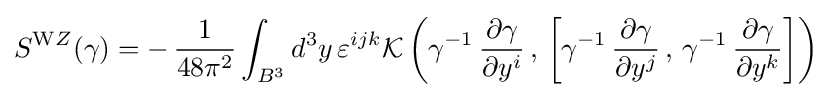
S^{\mathrm {W} Z}(\gamma )=-\,{\frac {1}{48\pi ^{2}}}\int _{B^{3}}d^{3}y\,\varepsilon ^{ijk}{\mathcal {K}}\left(\gamma ^{-1}\,{\frac {\partial \gamma }{\partial y^{i}}}\,,\,\left[\gamma ^{-1}\,{\frac {\partial \gamma }{\partial y^{j}}}\,,\,\gamma ^{-1}\,{\frac {\partial \gamma }{\partial y^{k}}}\right]\right)